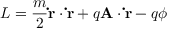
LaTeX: L = { \frac { m } { 2 } } \mathbf { \dot { r } } \cdot \mathbf { \dot { r } } + q \mathbf { A } \cdot \mathbf { \dot { r } } - q \phi